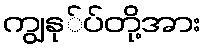
ကျွနု်ပ်တို့အား